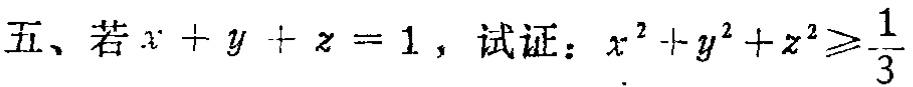
五、若\(x + y + z = 1\)，试证：\(x^{2} + y^{2} + z^{2} \geq \frac{1}{3}\)